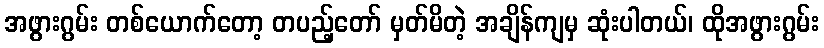
အဖွားဂွမ်း တစ်ယောက်တော့ တပည့်တော် မှတ်မိတဲ့ အချိန်ကျမှ ဆုံးပါတယ်၊ ထိုအဖွားဂွမ်း